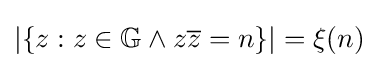
\left|\{z:z\in \mathbb {G} \land z{\overline {z}}=n\}\right|=\xi (n)